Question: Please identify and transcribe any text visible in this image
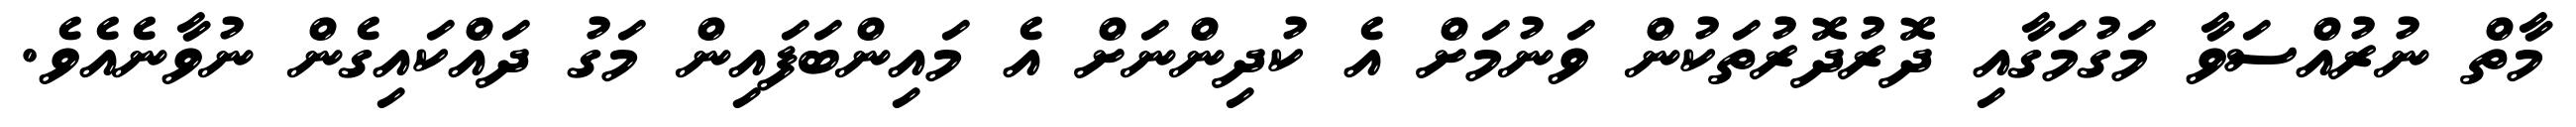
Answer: މާތް ނުރުއްސަވާ މަގުމަގާއި ދޮރުދޮރުތަކުން ވަނުމަށް އެ ކުދިންނަށް އެ މައިންބަފައިން މަގު ދައްކައިގެން ނުވާނެއެވެ.